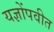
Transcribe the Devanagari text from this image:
यज्ञोंपवीत